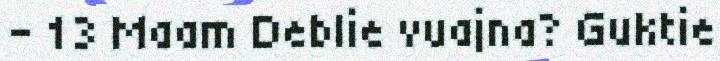
- 13 Maam Deblie vuajna? Guktie